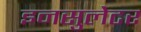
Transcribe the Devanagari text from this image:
इनसुलेटर